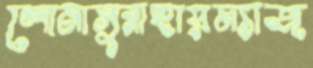
লোনাসুরাহায়ম্যাজ